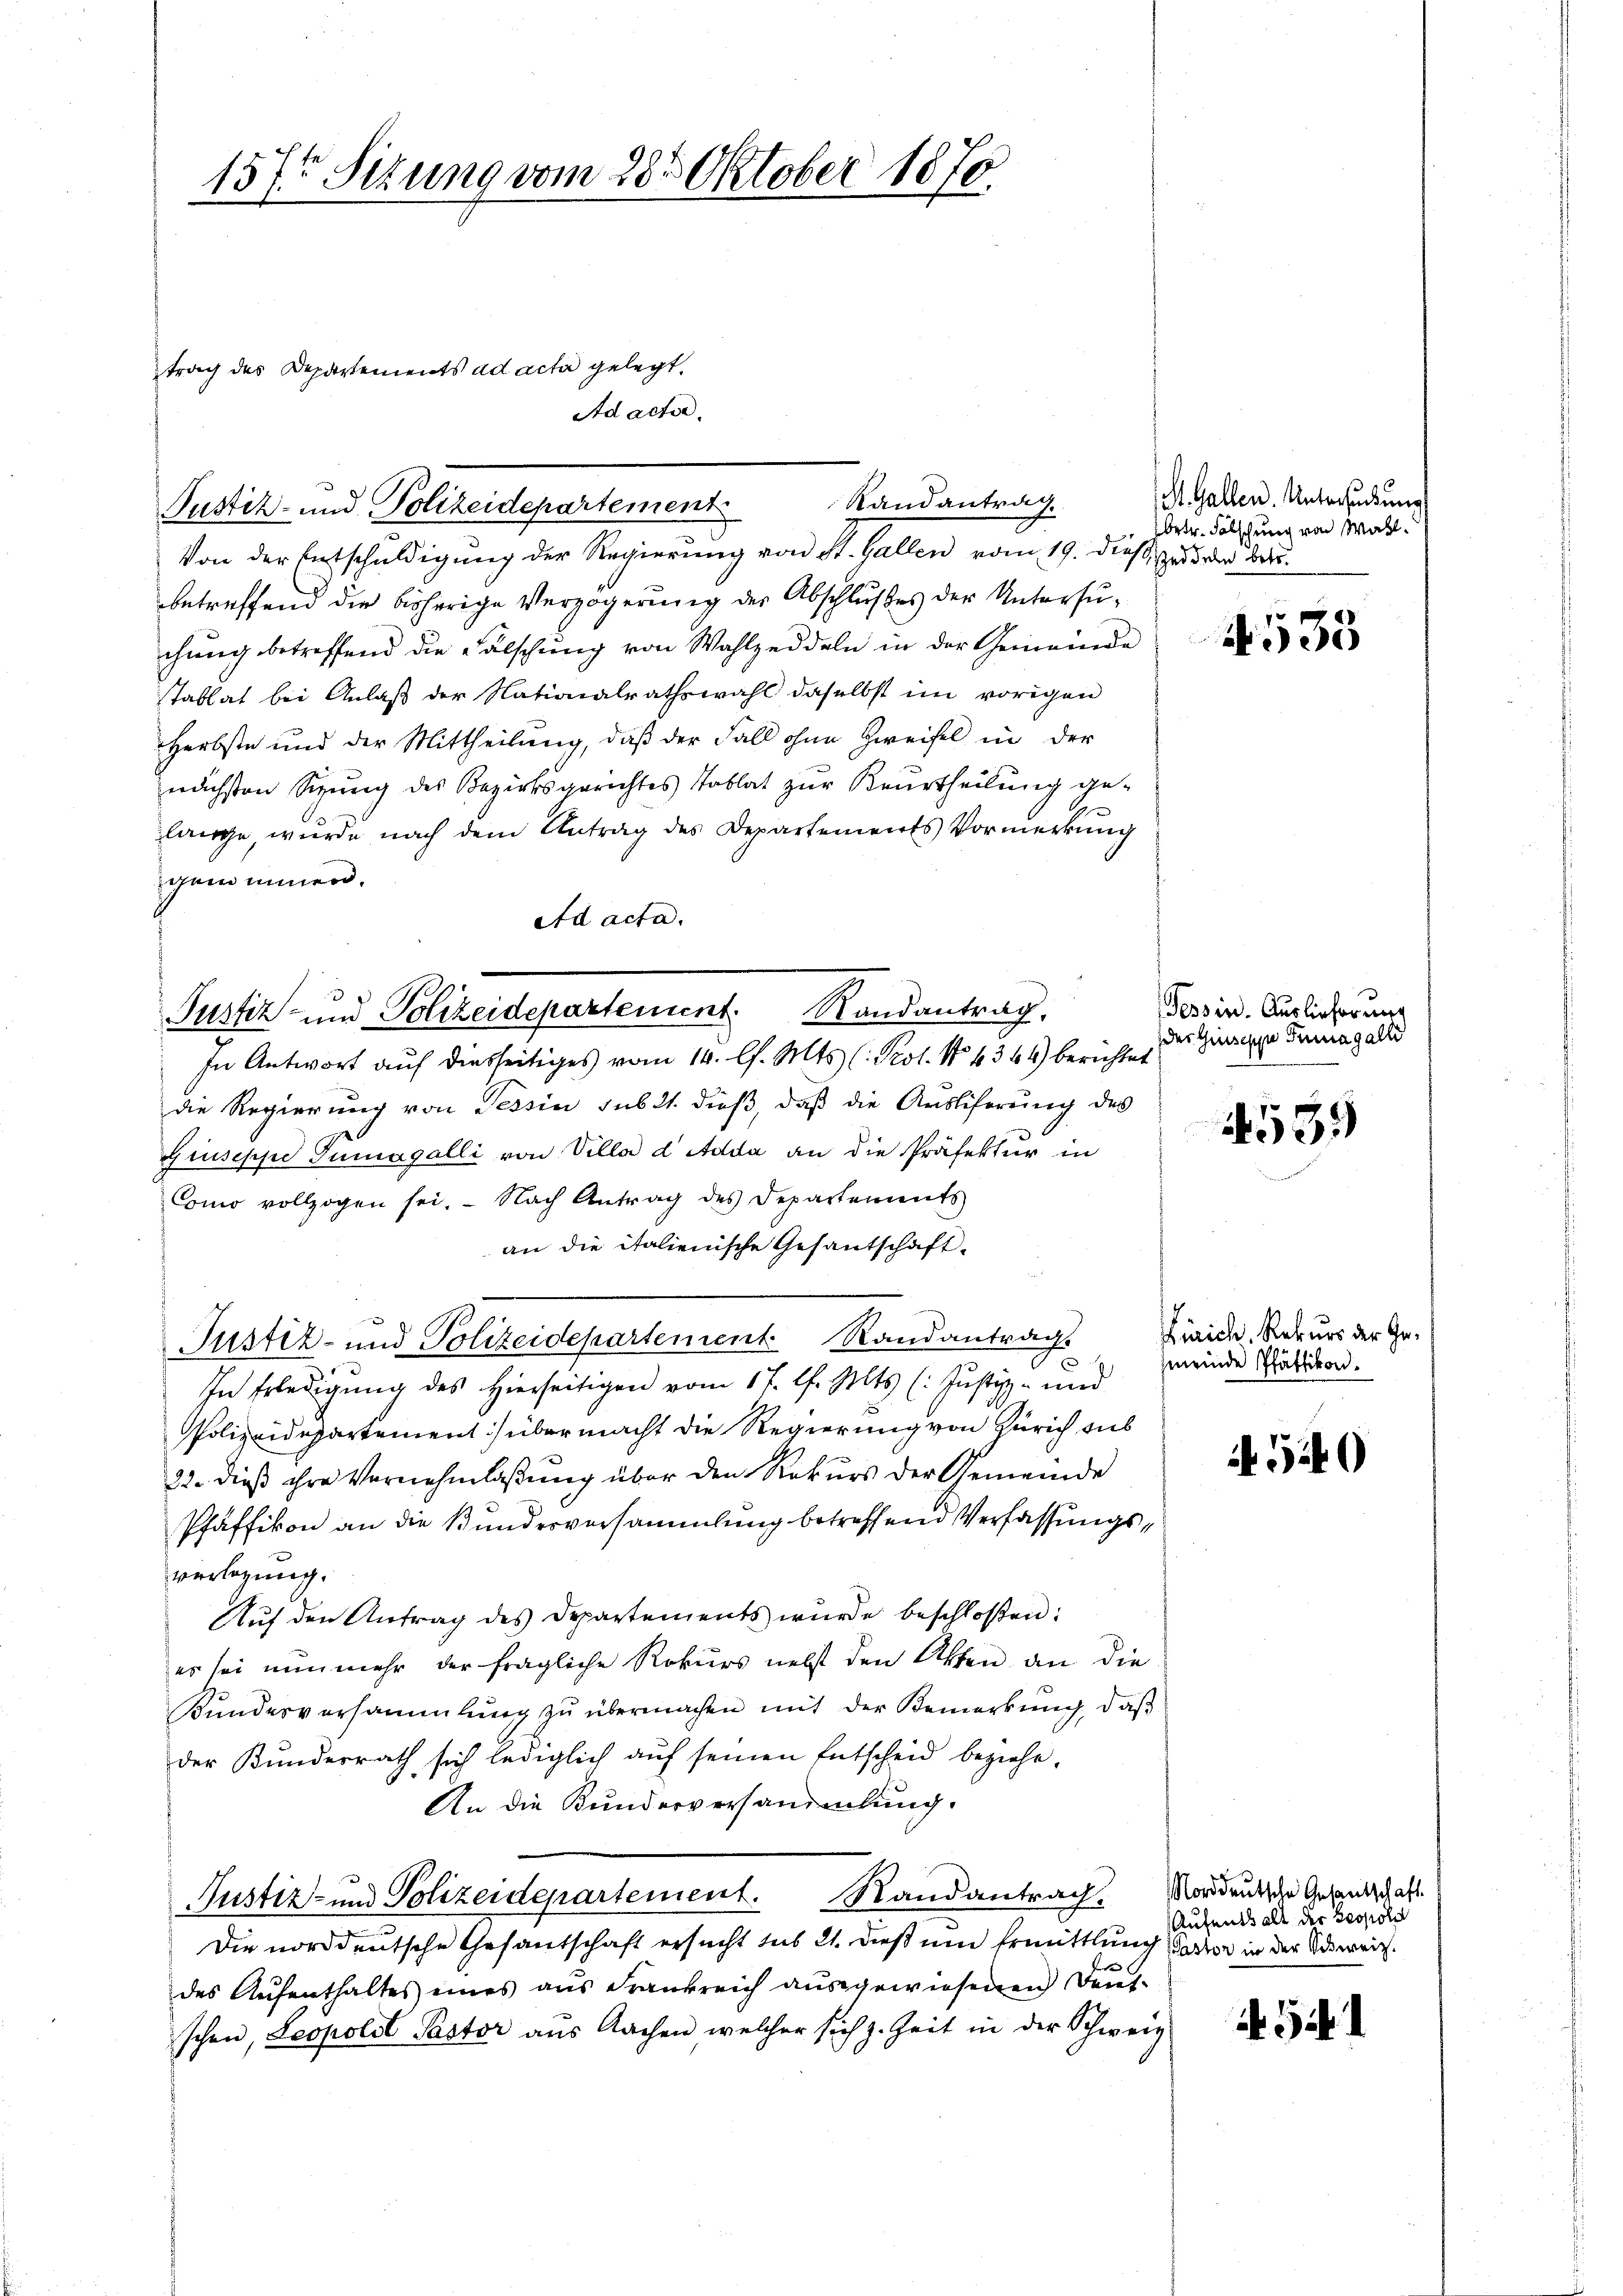
157t Sizung vom 28. Oktober 1870

trag des Departements ad acta gelegt.
Ad acte

Von der Entschuldigung der Regierung von St. Gallen vom 19. dieß, zu der Ber
betreffend die bisherige Verzögerung der Abschlußes der Untersuchung betreffend die Fälschung von Wahlzeddeln in der Gemeinde
stablat bei Anlaß der Nationalrathswahl daselbst im vorigen
Herbste und der Mittheilung, daß der Fall ohne Zweifel in der
nächsten Sizung des Bezirksgerichtes Tablat zur Beurtheilung gelange, wurde nach dem Antrag des Departements Vormerkung
gem inner.
ad acta.

Randantrag.
Justiz- und Polizeidepartement

Justiz- und Polizeidepartement. Randantrag.
In Antwort auf diesseitiges vom 14. l. Mts. (Prot. No 1344) berichtet

Justiz- und Polizeidepartement Randantrag.

die Regierung von Tessin sub 21. dieß, daß die Auslieferung des
Giuseppe Tumagalli von Villa d Adda an die Präfektur in
Como vollzogen sei. Nach Antrag des Departements
an die italienische Gesantschaft-
In Erledigung des hierseitigen vom 17. d. Mts. (: Justiz- und
Polizeidepartement) übermacht die Regierung von Zürich sub
22. dieß ihre Vernehmlaßung über den Rekurs der Gemeinde
Pfäffikon an die Bundesversammlung betreffend Verfassungsverlegung.
Auf den Antrag des Departements wurde beschloßen:
es sei nunmehr der fragliche Rekurs nebst den Otten an die
Bundesversammlung zu übermachen mit der Bemerkung, daß
der Kundesrath sich lediglich auf seinen Entscheid beziehe.
An die Kundesversammlung.
Justiz- und Polizeidepartement. Randantrag. Norddeutsche Gesandschaft
Die norddeutsche Gesantschaft ersucht seit 21. dieß um Ermittlung Pastor in der Vereit
des Aŭfenthaltes eines aŭs Frankreich aŭsgewiesenen Deut-
schen, Leopolst Pastor aŭs Aachen welcher sich z. Zeit in der Schweiz

St. Gallen. Untersuchung
betr. Fälschung von Wahl.

10
933

Tessin. Ausliefer mit
der Giesigen Tunagalli

539

Zürich, Rekurs der Gemeinde Pfäffikon.

540

Aufenthalt der Leopoln

Si l